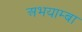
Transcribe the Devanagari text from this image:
अभयाम्बा